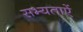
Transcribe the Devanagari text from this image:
सभ्यताऐं